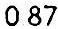
0.87